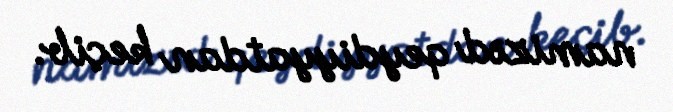
namizəd qeydiyyatdan keçib.